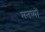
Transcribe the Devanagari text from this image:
मनष्यों